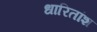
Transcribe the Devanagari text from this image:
धारितांश